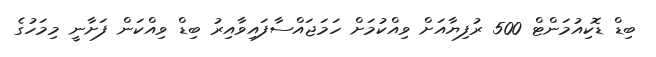
ބިޑް ޑޮކިއުމަންޓް 500 ރުފިޔާއަށް ވިއްކުމަށް ހަމަޖައްސާފައިވާއިރު ބިޑް ވިއްކަން ފަށާނީ މިމަހުގެ